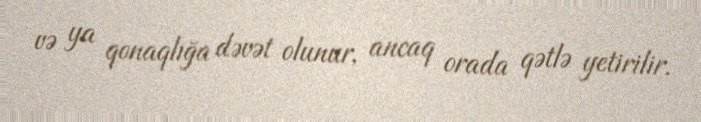
və ya qonaqlığa dəvət olunur, ancaq orada qətlə yetirilir.